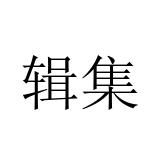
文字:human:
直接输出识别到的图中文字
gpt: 辑集